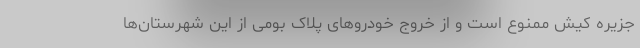
جزیره کیش ممنوع است و از خروج خودروهای پلاک بومی از این شهرستان‌ها